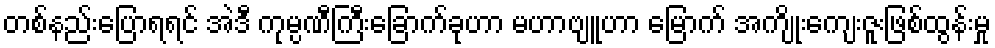
တစ်နည်းပြောရရင် အဲဒီ ကုမ္ပဏီကြီးခြောက်ခုဟာ မဟာဗျူဟာ မြောက် အကျိုးကျေးဇူးဖြစ်ထွန်းမှု